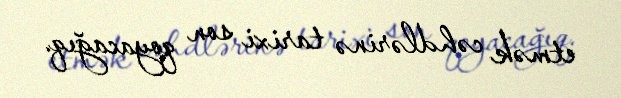
etmək cəhdlərinə tarixi son qoyacağıq.